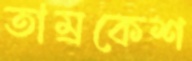
তাম্রকেশ